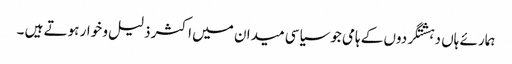
ہمارئے ہاں دہشتگردوں کے ہامی جوسیاسی میدان میں اکثر ذلیل و خوار ہوتے ہیں ۔